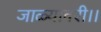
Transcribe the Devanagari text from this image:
जाळ्यावरी।।